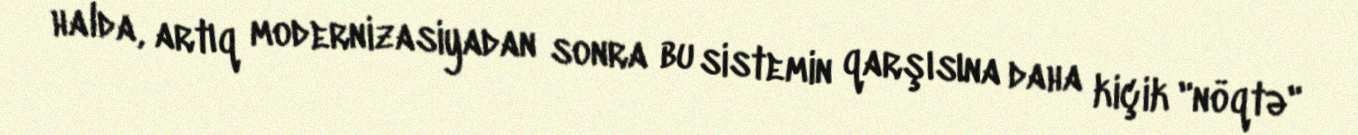
halda, artıq modernizasiyadan sonra bu sistemin qarşısına daha kiçik "nöqtə"